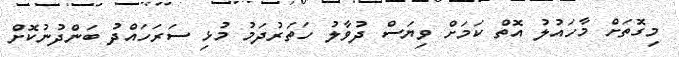
މިގޮތަށް މާހައުލު އޮތް ކަމަށް ވިޔަސް ދުވާލު ހަތަރުދަމު މުޅި ސަރަހައްދު ބަންދުނުކޮށް